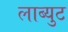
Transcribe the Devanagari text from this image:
लाब्युट